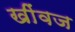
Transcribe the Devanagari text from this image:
खींवज